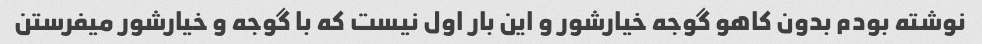
نوشته بودم بدون کاهو گوجه خیارشور و این بار اول نیست که با گوجه و خیارشور میفرستن